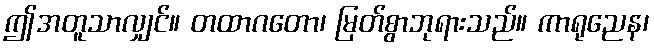
ဤအတူသာလျှင်။ တထာဂတော၊ မြတ်စွာဘုရားသည်။ ကာရုညေန၊